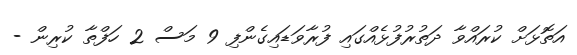
އަތޮޅަށް ކުރައްވާ ދަތުރުފުޅެއްގައި ފުރާވަޑައިގެންފި 9 މަސް 2 ހަފްތާ ކުރިން -